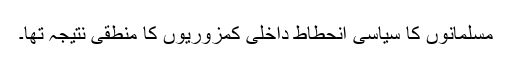
مسلمانوں کا سیاسی انحطاط داخلی کمزوریوں کا منطقی نتیجہ تھا۔